Leaving Certificate Examination, 1906
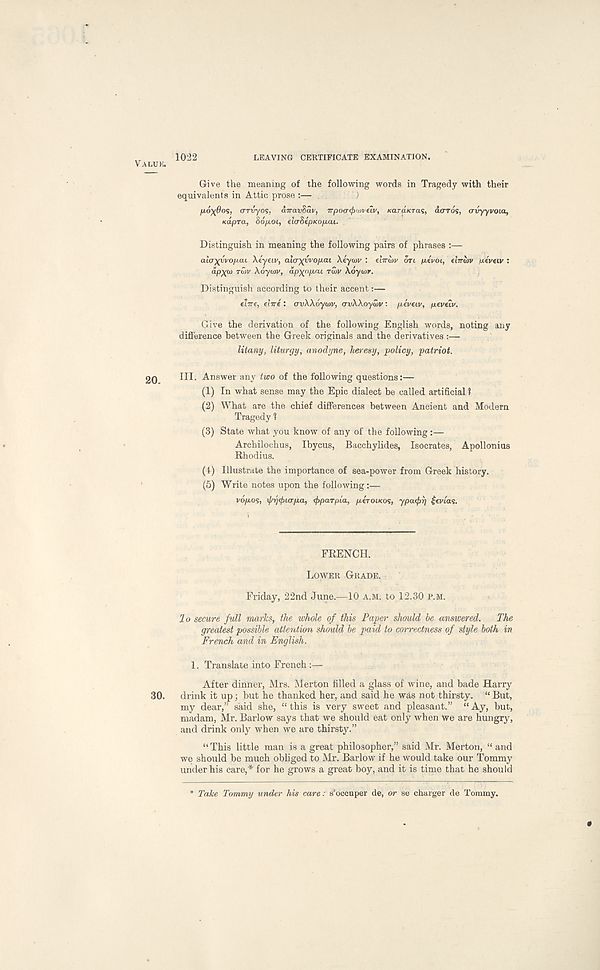
VAI.UK.
1022
LEAVING CERTIFICATE EXAMINATION.
Give the meaning of the following words in Tragedy with their
equivalents in Attic prose :—
fxoxOos, crrvyos, dvavSav, TrpoaffxDvelv, KaraKTas, do-rds, (rvyyvoia,
Kapra, Sopot, elcrSepKopcu.
Distinguish in meaning the following pairs of phrases :—
alcjxyvop.ai \iyetv, al<T)(yvop.cu Xeyiav : e'nrljiv on pivot, (ITTOIV /Jtivetv :
dpx<J> Ttov XoyttiV, dpx f ip f tt TWV \6ywr.
Distinguish according to their accent:—
etTre, etire : ovXXoywv, crvXXoywv: pivttv, peveiv.
Give the derivation of the following English words, noting any
difference between the Greek originals and the derivatives :—
litany, liturgy, anodyne, heresy, policy, patriot.
III. Answer any two of the following questions:—
(1) In what sense may the Epic dialect be called artificial ?
(2) What are the chief differences between Ancient and Modern
Tragedy 1
(3) State what you know of any of the following—
Archilochus, Ibycus, Bacchylides, Isocrates, Apollonius
Rhodius.
(1) Illustrate the importance of sea-power from Greek history.
(5) Write notes upon the following :—
vopos, if/r/tfuapa, cfiparpia, pirotKos, ypa<f>r) £evias.
FRENCH.
LOWER GRADE.
Friday, 22nd June.—10 A.M. to 12.30 P.M.
lo secure full marks, the whole of this Paper should be answered.
The
greatest possible attention should be paid to correctness of style both in
French and in English.
1. Translate into French :—
After dinner, Mrs. Merton filled a glass of wine, and bade Harry
30.
drink it up; but he thanked her, and said he was not thirsty. “ But,
my dear,” said she, “this is very sweet and pleasant.” “Ay, but,
madam, Mr. Barlow says that we should eat only when we are hungry,
and drink only when we are thirsty.”
“This little man is a great philosopher,” said Mr. Merton, “and
we should be much obliged to Mr. Barlow if he would take our Tommy
under his care,* for he grows a great boy, and it is time that he should
Take Tommy under his care: s’occuper de, or se charger de Tommy.